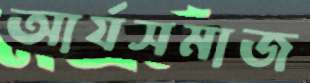
আর্যসমাজ